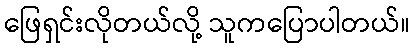
ဖြေရှင်းလိုတယ်လို့ သူကပြောပါတယ်။